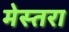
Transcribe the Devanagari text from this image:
मेस्तरा